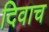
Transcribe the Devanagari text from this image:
दिवाच